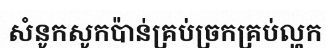
សំនូកសូកប៉ាន់គ្រប់ច្រកគ្រប់ល្ហក